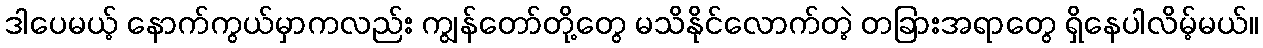
ဒါပေမယ့် နောက်ကွယ်မှာကလည်း ကျွန်တော်တို့တွေ မသိနိုင်လောက်တဲ့ တခြားအရာတွေ ရှိနေပါလိမ့်မယ်။